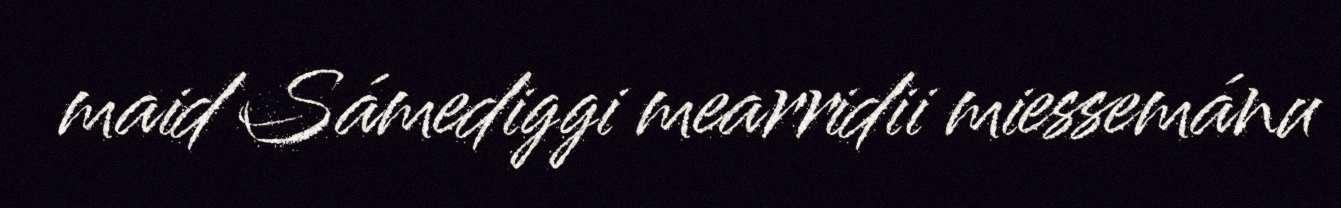
maid Sámediggi mearridii miessemánu